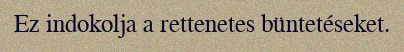
Ez indokolja a rettenetes büntetéseket.